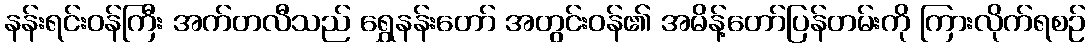
နန်းရင်းဝန်ကြီး အက်တလီသည် ရွှေနန်းတော် အတွင်းဝန်၏ အမိန့်တော်ပြန်တမ်းကို ကြားလိုက်ရစဉ်